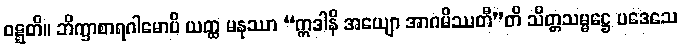
ဝဋ္ဋတိ။ ဘိက္ခာစာရဂါမောပိ ယတ္ထ မနုဿာ “ဣဒါနိ အယျော အာဂမိဿတီ”တိ သိတ္တသမ္မဋ္ဌေ ပဒေသေ